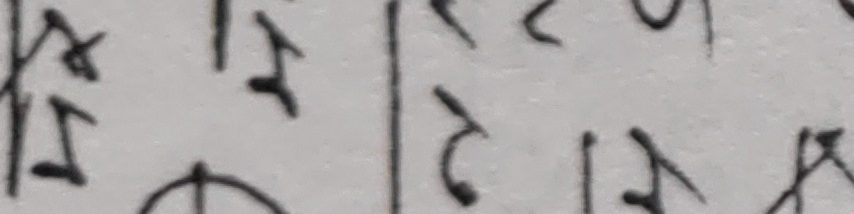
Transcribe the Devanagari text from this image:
झ य क र इ ट टा ख